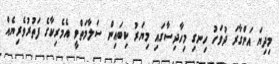
މިދިޔަ އަންގާރަ ދުވަހު ހިނގި މިހާދިސާގައި މިޔަރު ކިބައިން ސަލާމަތްވީ އެމެރިކާގެ ފަތުރުވެރިޔެއް